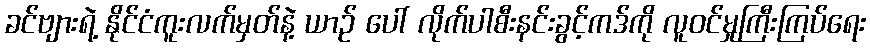
ခင်ဗျားရဲ့ နိုင်ငံကူးလက်မှတ်နဲ့ ယာဉ် ပေါ် လိုက်ပါစီးနင်းခွင့်ကဒ်ကို လူဝင်မှုကြီးကြပ်ရေး